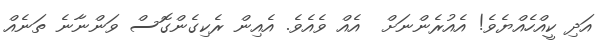
އަދި ކީއްހެއްޔެވެ! އެއުރެންނަށް  އެއް ވެއެވެ. އެއިން ރެކިގެންގޮސް ވަންނާނެ ތަނެއް